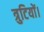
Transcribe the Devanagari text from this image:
त्रुटियों।